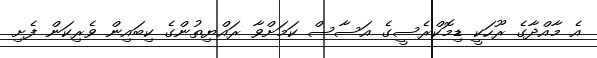
އެ މާއްދާގެ ރޫހަކީ ޑިމޮކްރެސީގެ އަސާސް ކަމަށްވާ ރައްޔިތުންގެ ކިބައިން ވެރިކަން ފެށި